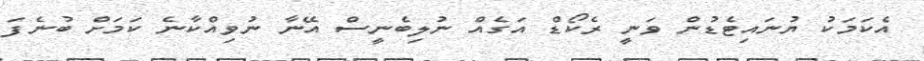
އެކަމަކު ޔުނައިޓެޑުން ވަނީ ރެކޯޑް އަގެއް ނުލިބެނީސް އޭނާ ނުވިއްކާނެ ކަމަށް ބުނެފަ